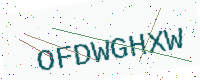
Text: OFDWGHXW